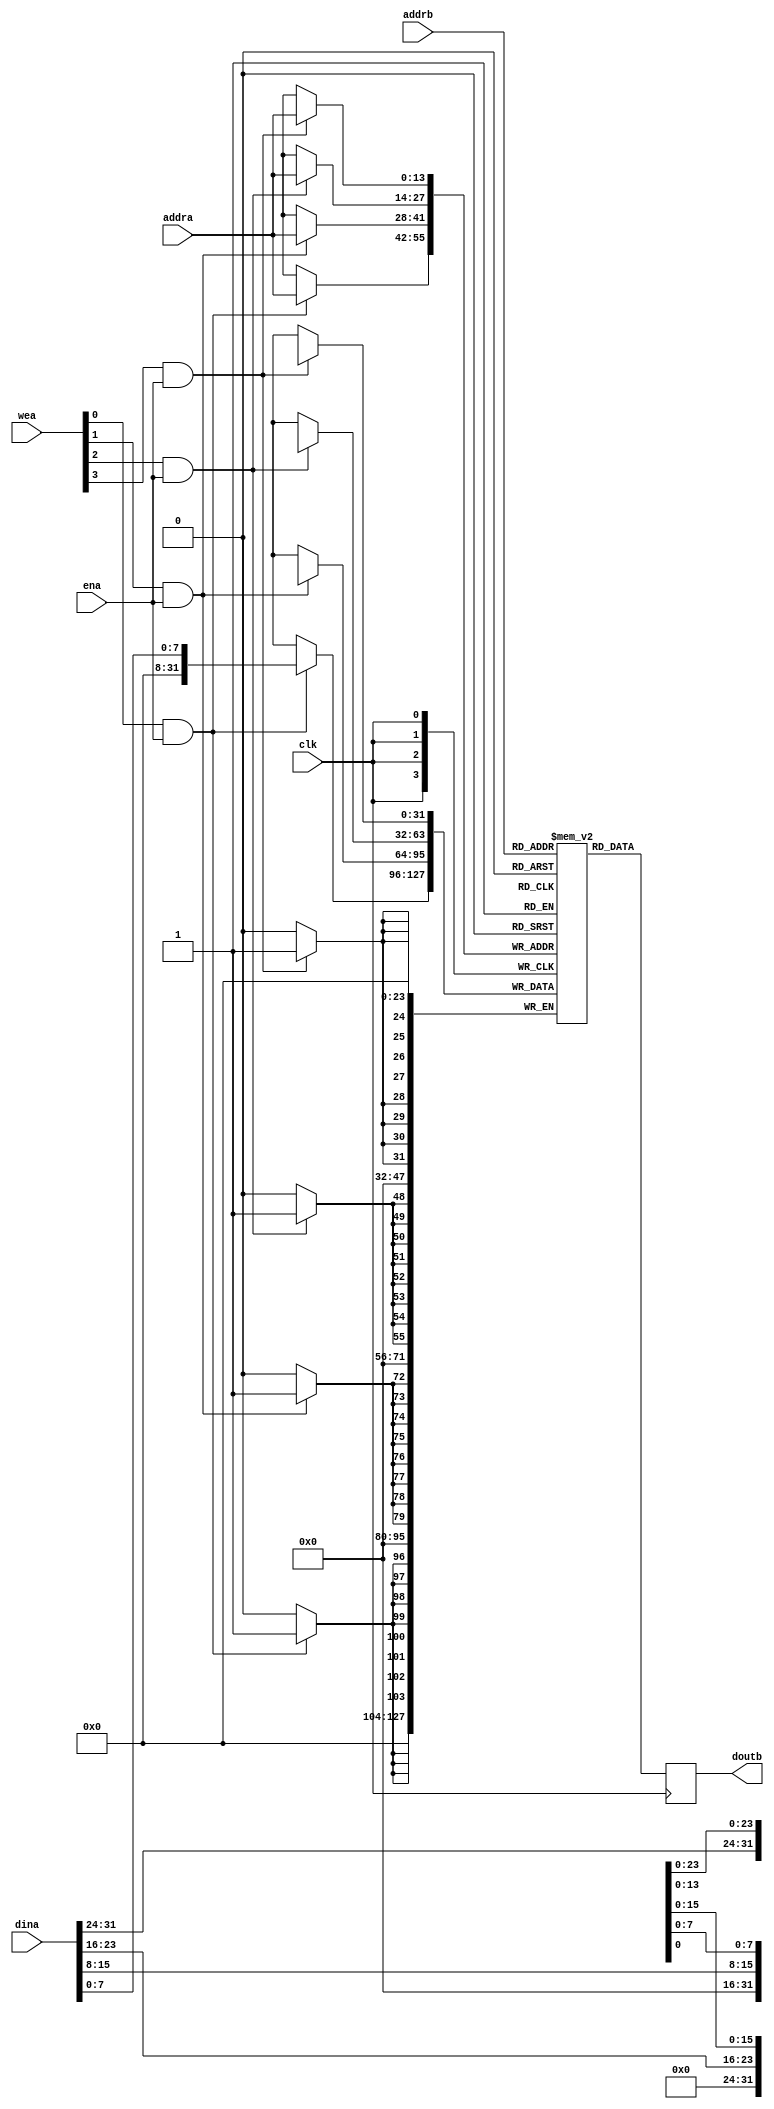
module imem (
  input clk,
  input ena,
  input [3:0] wea,
  input [13:0] addra,
  input [31:0] dina,
  input [13:0] addrb,
  output reg [31:0] doutb
);
  reg [31:0] mem [16384-1:0];

  always @(posedge clk) begin
      doutb <= mem[addrb];
  end

  genvar i;
  generate for (i = 0; i < 4; i = i+1) begin
    always @(posedge clk) begin
      if (wea[i] && ena)
          mem[addra][i*8 +: 8] <= dina[i*8 +: 8];
    end
  end endgenerate
endmodule